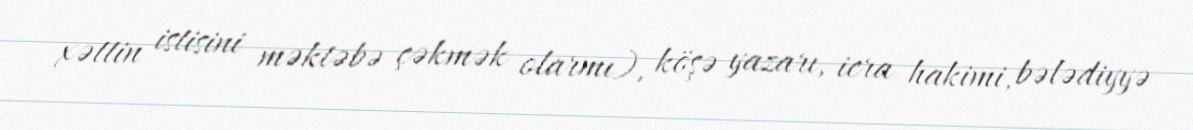
xəttin istisini məktəbə çəkmək olarmı), köşə yazarı, icra hakimi, bələdiyyə